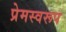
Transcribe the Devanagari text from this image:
प्रेमस्वरूप